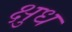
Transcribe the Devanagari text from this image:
क्षुध